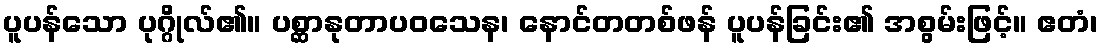
ပူပန်သော ပုဂ္ဂိုလ်၏။ ပစ္ဆာနုတာပဝသေန၊ နောင်တတစ်ဖန် ပူပန်ခြင်း၏ အစွမ်းဖြင့်။ ဧတံ၊